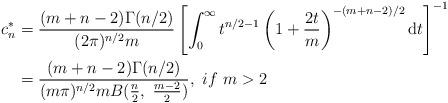
LaTeX: \begin{align*} c_{n}^{\ast}&=\frac{(m+n-2)\Gamma(n/2)}{(2\pi)^{n/2}m}\left[\int_{0}^{\infty}t^{n/2-1}\left(1+\frac{2t}{m}\right)^{-(m+n-2)/2}\mathrm{d}t\right]^{-1}\\ &=\frac{(m+n-2)\Gamma(n/2)}{(m\pi)^{n/2}mB(\frac{n}{2},~\frac{m-2}{2})},~if~m>2 \end{align*}